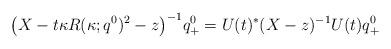
LaTeX: \begin{align*}\big( X - t\kappa R(\kappa;q^0)^2 - z \big)^{-1} q^0_+ = U(t)^* (X-z)^{-1} U(t) q^0_+ \end{align*}